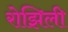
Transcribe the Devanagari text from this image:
रोझिली